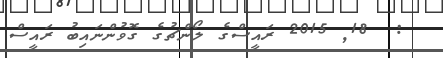
:  18